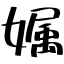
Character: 𡠟